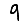
Digit: 9